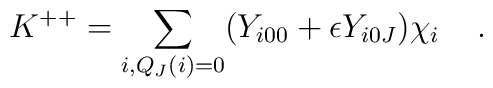
K^{++} = \sum_{i, Q_J(i)=0} ({Y}_{i00} +\epsilon {Y}_{i0J}) {{\chi}}_{i} \;\;\;\; .